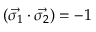
( \vec { \sigma _ { 1 } } \cdot \vec { \sigma _ { 2 } } ) = - 1